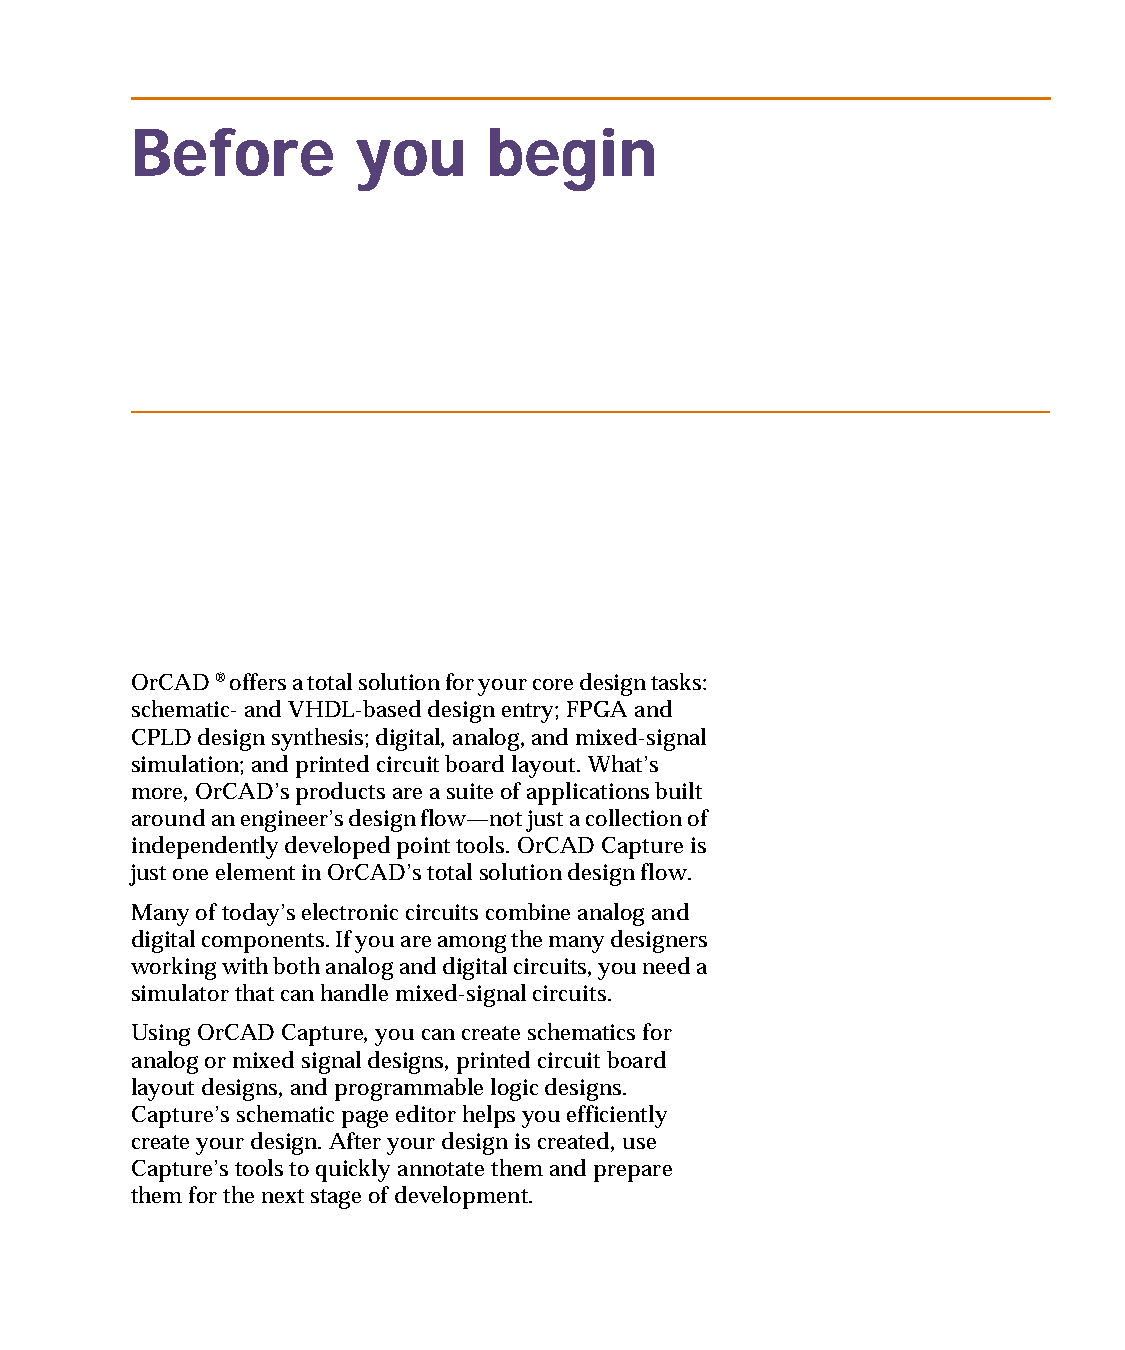
capug.book Page xvii Thursday, November 12, 1998 3:38 PM
 Before        you      begin
 OrCAD ® offers a total solution for your core design tasks:
 schematic- and VHDL-based design entry; FPGA and
 CPLD design synthesis; digital, analog, and mixed-signal
 simulation; and printed circuit board layout. What’s
 more, OrCAD’s products are a suite of applications built
 around an engineer’s design flow—not just a collection of
 independently developed point tools. OrCAD Capture is
 just one element in OrCAD’s total solution design flow.
 Many of today’s electronic circuits combine analog and
 digital components. If you are among the many designers
 working with both analog and digital circuits, you need a
 simulator that can handle mixed-signal circuits.
 Using OrCAD Capture, you can create schematics for
 analog or mixed signal designs, printed circuit board
 layout designs, and programmable logic designs.
 Capture’s schematic page editor helps you efficiently
 create your design. After your design is created, use
 Capture’s tools to quickly annotate them and prepare
 them for the next stage of development.